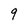
Character: 9